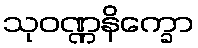
သုဝဏ္ဏနိက္ခော